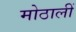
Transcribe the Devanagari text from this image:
मोठालीं